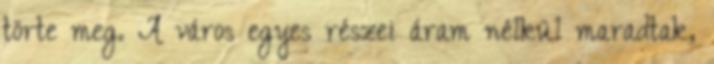
törte meg. A város egyes részei áram nélkül maradtak,